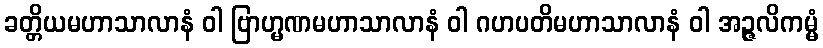
ခတ္တိယမဟာသာလာနံ ဝါ ဗြာဟ္မဏမဟာသာလာနံ ဝါ ဂဟပတိမဟာသာလာနံ ဝါ အဉ္ဇလိကမ္မံ